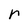
Character: r